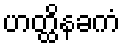
ဟတ္ထိနခကံ